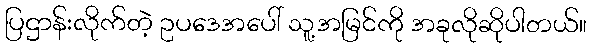
ပြဌာန်းလိုက်တဲ့ ဥပဒေအပေါ် သူ့အမြင်ကို အခုလိုဆိုပါတယ်။